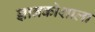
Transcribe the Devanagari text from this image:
ज्ञानकोशाला